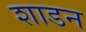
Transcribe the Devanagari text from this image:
शाडन